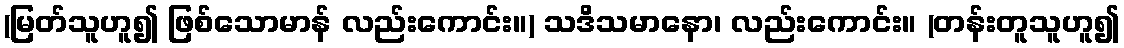
(မြတ်သူဟူ၍ ဖြစ်သောမာန် လည်းကောင်း။) သဒိသမာနော၊ လည်းကောင်း။ (တန်းတူသူဟူ၍